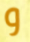
و